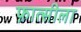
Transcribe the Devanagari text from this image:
फ़ात्सीला